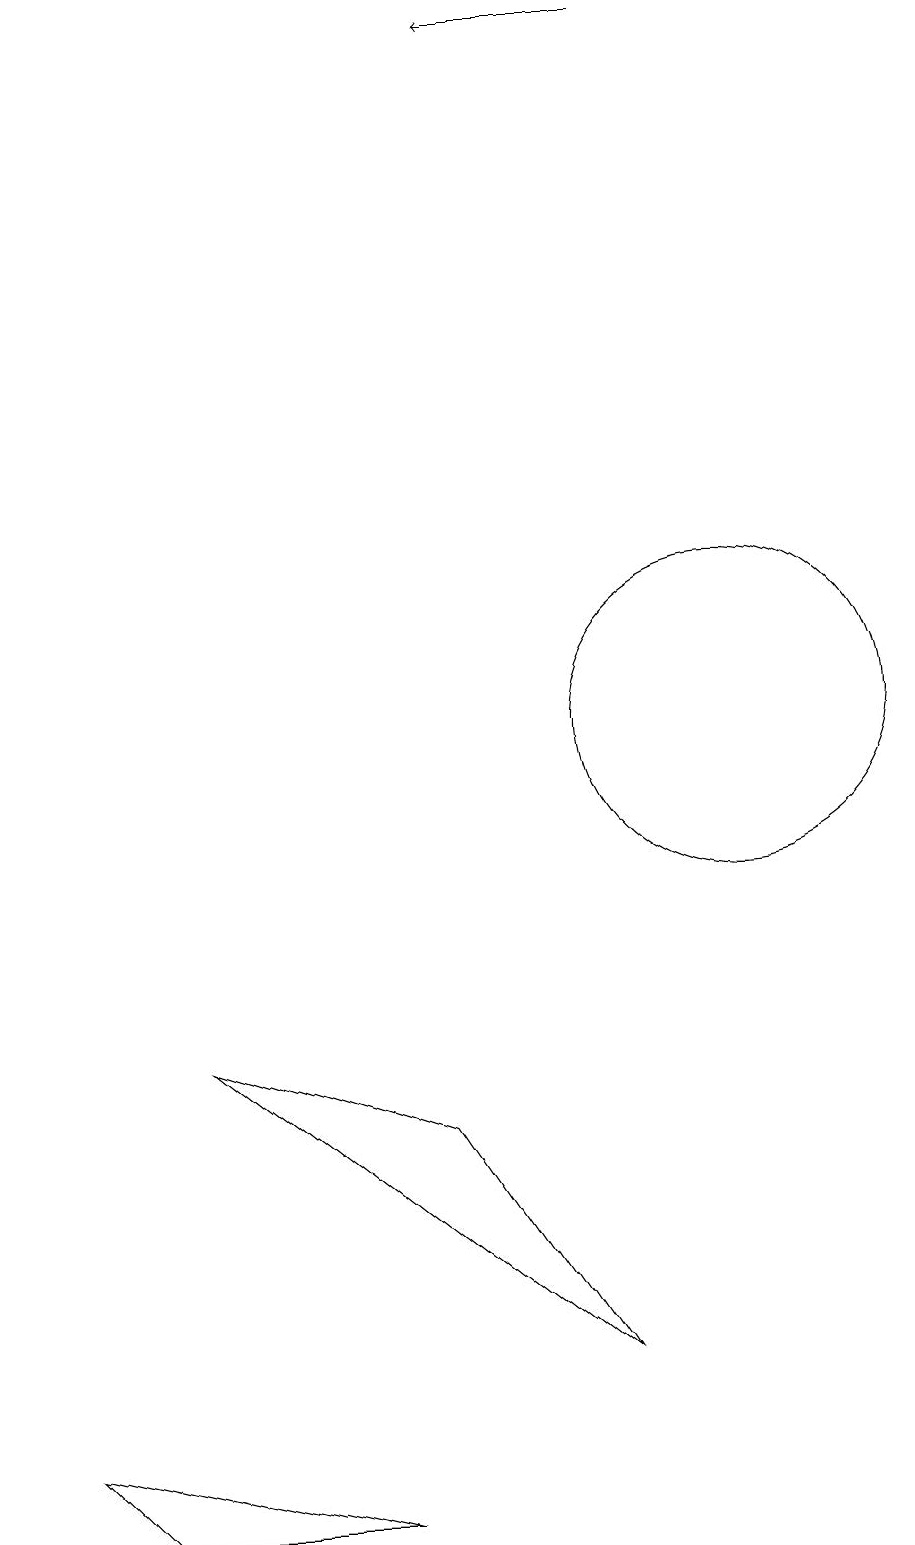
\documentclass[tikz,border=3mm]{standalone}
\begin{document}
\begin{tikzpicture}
\draw[->] (9,19) -- (7,19);
\draw (3,6) -- (6,5) -- (8,2) -- cycle;
\draw (10,10) circle (2);
\draw (5,0) -- (1,1) -- (2,0) -- cycle;
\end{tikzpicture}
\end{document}